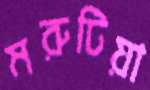
মরুটিয়া